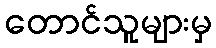
တောင်သူများမှ